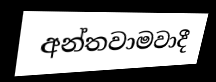
අන්තවාමවාදී